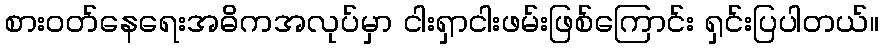
စားဝတ်နေရေးအဓိကအလုပ်မှာ ငါးရှာငါးဖမ်းဖြစ်ကြောင်း ရှင်းပြပါတယ်။